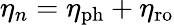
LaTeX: \eta_{n}=\eta_{\mathrm{ph}}+\eta_{\mathrm{ro}}